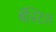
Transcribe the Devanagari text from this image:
बॅस्टिल